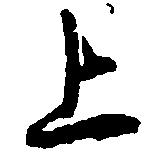
上